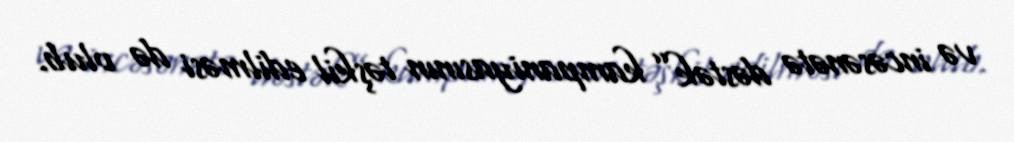
və incəsənətə dəstək” kampaniyasının təşkil edilməsi də olub.